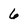
Character: 6